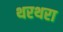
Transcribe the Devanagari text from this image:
थरथरा